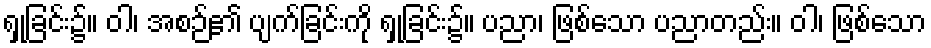
ရှုခြင်း၌။ ဝါ၊ အစဉ်၏ ပျက်ခြင်းကို ရှုခြင်း၌။ ပညာ၊ ဖြစ်သော ပညာတည်း။ ဝါ၊ ဖြစ်သော